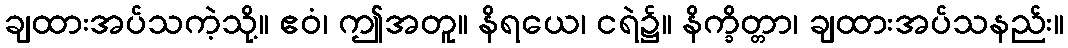
ချထားအပ်သကဲ့သို့။ ဧဝံ၊ ဤအတူ။ နိရယေ၊ ငရဲ၌။ နိက္ခိတ္တာ၊ ချထားအပ်သနည်း။